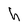
Character: h